Vaccination Hyderabad 1872-1889 - 1872-1889
Year: 1872
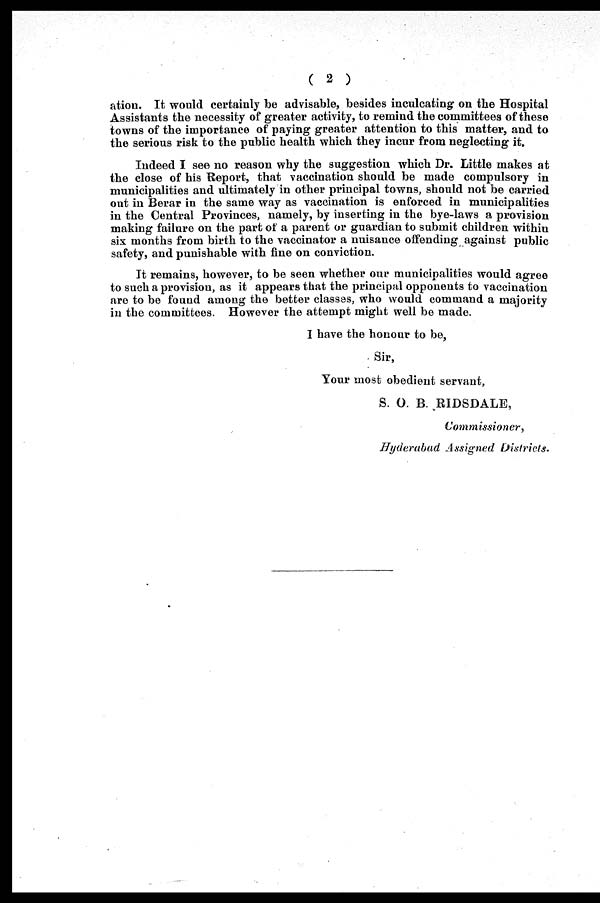
( 2 )
ation. It would certainly be advisable, besides inculcating on the Hospital
Assistants the necessity of greater activity, to remind the committees of these
towns of the importance of paying greater attention to this matter, and to
the serious risk to the public health which they incur from neglecting it.
Indeed I see no reason why the suggestion which Dr. Little makes at
the close of his Report, that vaccination should be made compulsory in
municipalities and ultimately in other principal towns, should not be carried
out in Berar in the same way as vaccination is enforced in municipalities
in the Central Provinces, namely, by inserting in the bye-laws a provision
making failure on the part of a parent or guardian to submit children within
six months from birth to the vaccinator a nuisance offending against public
safety, and punishable with fine on conviction.
It remains, however, to be seen whether our municipalities would agree
to such a provision, as it appears that the principal opponents to vaccination
are to be found among the better classes, who would command a majority
in the committees. However the attempt might well be made.
I have the honour to be,
Sir,
Your most obedient servant,
S. O. B. RIDSDALE,
Commissioner,
Hyderabad Assigned Districts.